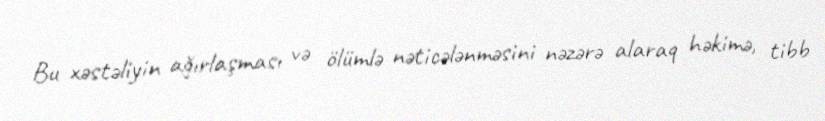
Bu xəstəliyin ağırlaşması və ölümlə nəticələnməsini nəzərə alaraq həkimə, tibb